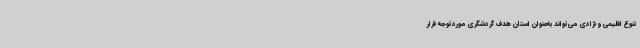
تنوع اقلیمی و نژادی می‌تواند به‌عنوان استان هدف گردشگری موردتوجه قرار